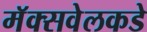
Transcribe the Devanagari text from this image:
मॅक्सवेलकडे